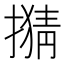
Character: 𢴘